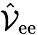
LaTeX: \hat{\mathcal{V}}_{\mathrm{ee}}